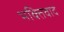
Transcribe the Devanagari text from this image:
भक्तिवाद